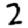
Digit: 2